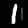
Label: 1